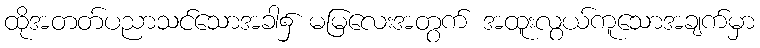
ထိုအတတ်ပညာသင်သောအခါ၌ မမြလေးအတွက် အထူးလွယ်ကူသောအချက်မှာ